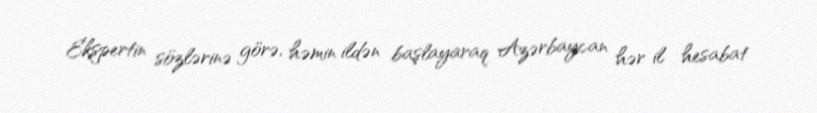
Ekspertin sözlərinə görə, həmin ildən başlayaraq Azərbaycan hər il hesabat